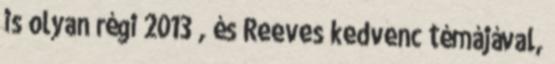
is olyan régi 2013 , és Reeves kedvenc témájával,